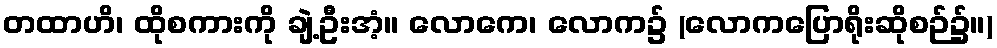
တထာဟိ၊ ထိုစကားကို ချဲ့ဦးအံ့။ လောကေ၊ လောက၌ (လောကပြောရိုးဆိုစဉ်၌။)